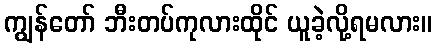
ကျွန်တော် ဘီးတပ်ကုလားထိုင် ယူခဲ့လို့ရမလား။